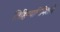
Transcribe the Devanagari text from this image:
लिहिण्यानिमित्ताने